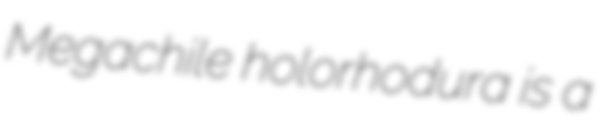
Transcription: Megachile holorhodura is a